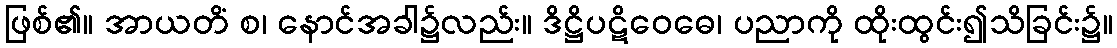
ဖြစ်၏။ အာယတိံ စ၊ နောင်အခါ၌လည်း။ ဒိဋ္ဌိပဋိဝေဓေ၊ ပညာကို ထိုးထွင်း၍သိခြင်း၌။